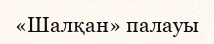
«Шалқан» палауы